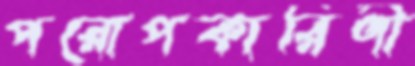
পরোপকারিণী